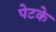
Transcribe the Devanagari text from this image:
पेटके